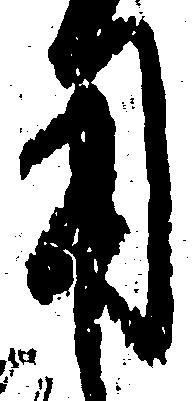
用